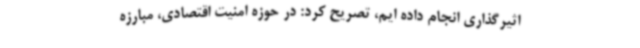
اثیرگذاری انجام داده ایم، تصریح کرد: در حوزه امنیت اقتصادی، مبارزه